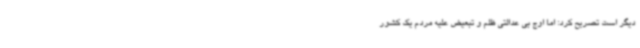
دیگر است تصریح کرد: اما اوج بی عدالتی ظلم و تبعیض علیه مردم یک کشور